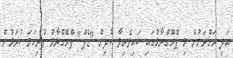
އަދި ރަށްރަށުން މި ޕްރޮގްރާމުގައި ބައިވެރިވާ ކުދިން "ޑެޕް" ޕްރޮގްރާމު ފުރިހަމަ ކުރަމުން